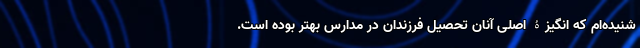
شنیده‌ام که انگیزۀ اصلی آنان تحصیل فرزندان در مدارس بهتر بوده است.